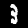
Label: 3